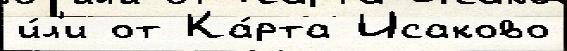
и́л'и от Ка́рта Исаково